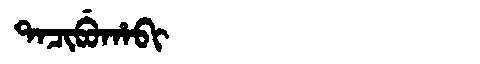
Manchu: ᡨᠠᠴᡳᠪᡠᡥᠠᠪᡳ
Romanization: TACIBUHABI